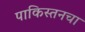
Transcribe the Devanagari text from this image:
पाकिस्तनचा